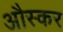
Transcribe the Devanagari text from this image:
औस्कर